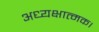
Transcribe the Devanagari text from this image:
अध्यक्षात्मक।